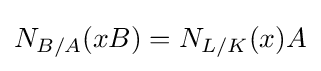
N_{B/A}(xB)=N_{L/K}(x)A